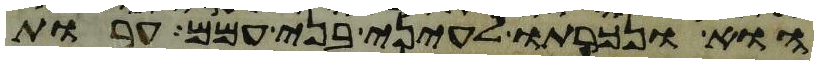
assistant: הוא ונכרתו לעיני בני עמם ערות